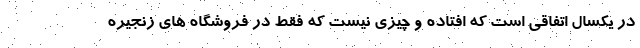
در يكسال اتفاقي است كه افتاده و چيزي نيست كه فقط در فروشگاه هاي زنجيره